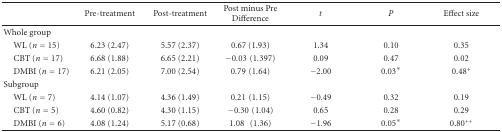
<table><thead><tr><td></td><td><b>Pre-treatment</b></td><td><b>Post-treatment</b></td><td><b>Post minus Pre Difference</b></td><td><b><i>t</i></b></td><td><b><i>P</i></b></td><td><b>Effect size</b></td></tr></thead><tbody><tr><td>Whole group</td><td></td><td></td><td></td><td></td><td></td><td></td></tr><tr><td> WL (<i>n</i> = 15)</td><td>6.23 (2.47)</td><td>5.57 (2.37)</td><td>0.67 (1.93)</td><td>1.34</td><td>0.10</td><td>0.35</td></tr><tr><td> CBT (<i>n</i> = 17)</td><td>6.68 (1.88)</td><td>6.65 (2.21)</td><td>−0.03(1.397)</td><td>0.09</td><td>0.47</td><td>0.02</td></tr><tr><td> DMBI (<i>n</i> = 17)</td><td>6.21 (2.05)</td><td>7.00 (2.54)</td><td>0.79(1.64)</td><td>−2.00</td><td>0.03*</td><td>0.48<sup>+</sup></td></tr><tr><td>Subgroup</td><td></td><td></td><td></td><td></td><td></td><td></td></tr><tr><td> WL (<i>n</i> = 7)</td><td>4.14 (1.07)</td><td>4.36 (1.49)</td><td>0.21(1.15)</td><td>−0.49</td><td>0.32</td><td>0.19</td></tr><tr><td> CBT (<i>n</i> = 5)</td><td>4.60 (0.82)</td><td>4.30 (1.15)</td><td>−0.30(1.04)</td><td>0.65</td><td>0.28</td><td>0.29</td></tr><tr><td> DMBI (<i>n</i> = 6)</td><td>4.08 (1.24)</td><td>5.17 (0.68)</td><td>1.08 (1.36)</td><td>−1.96</td><td>0.05*</td><td>0.80<sup>++</sup></td></tr></tbody></table>